Leaving Certificate Examination (including Day School Certificate (Higher) General paper), 1934
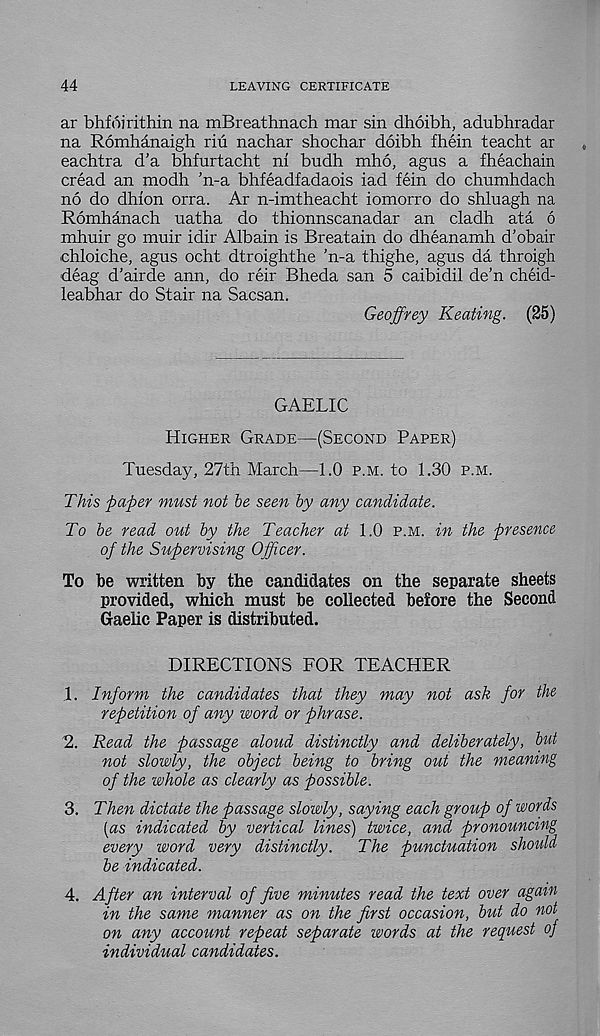
44
LEAVING CERTIFICATE
ar bhfoirithin na mBreathnach mar sin dhoibh, adubhradar
na Romhanaigh riu nachar shochar doibh fhein teacht ar
eachtra d’a bhfurtacht ni budh mho, agns a fheachain
cread an modh ’n-a bhfeadfadaois iad fein do chumhdach
no do dhion orra. Ar n-imtheacht iomorro do shluagh na
Romhanach uatha do thionnscanadar an cladh ata 6
mhuir go muir idir Albain is Breatain do dheanamh d’obair
chloiche, agus ocht dtroighthe ’n-a thighe, agus da throigh
deag d’airde ann, do reir Bheda san 5 caibidil de’n cheid-
leabhar do Stair na Sacsan.
Geoffrey Keating. (25)
GAELIC
Higher Grade—(Second Paper)
Tuesday, 27th March—1.0 p.m. to 1.30 p.m.
This paper must not be seen by any candidate.
To be read out by the Teacher at 1.0 p.m. in the presence
of the Supervising Officer.
To be written by the candidates on the separate sheets
provided, which must be collected before the Second
Gaelic Paper is distributed.
DIRECTIONS FOR TEACHER
1. Inform the candidates that they may not ask for the
repetition of any word or phrase.
2. Read the passage aloud distinctly and deliberately, but
not slowly, the object being to bring out the meaning
of the whole as clearly as possible.
3. Then dictate the passage slowly, saying each group of words
[as indicated by vertical lines) twice, and pronouncing
every word very distinctly.
The punctuation should
be indicated.
4. After an interval of five minutes read the text over again
in the same manner as on the first occasion, but do not
on any account repeat separate words at the request of
individual candidates.